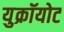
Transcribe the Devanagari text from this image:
युक्रॉयोट